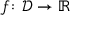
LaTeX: f \colon { \mathcal { D } } \to \mathbb { R }